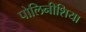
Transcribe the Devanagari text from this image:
पोलिनीशिया